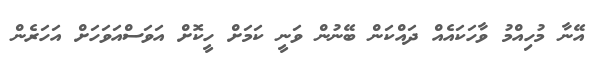
އޭނާ މުހިއްމު ވާހަކައެއް ދައްކަން ބޭނުން ވަނީ ކަމަށް ހީކޮށް އަވަސްއަވަހަށް އަހަރެން